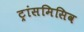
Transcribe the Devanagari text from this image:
ट्रांसमिसिव